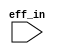

module EFlipFlop(eff_in);

input eff_in;

reg eff_r;



endmodule